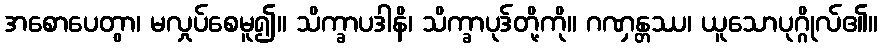
အစောပေတွာ၊ မလှုပ်စေမူ၍။ သိက္ခာပဒါနိ၊ သိက္ခာပုဒ်တို့ကို။ ဂဏှန္တဿ၊ ယူသောပုဂ္ဂိုလ်၏။